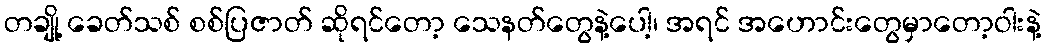
တချို့ ခေတ်သစ် စစ်ပြဇာတ် ဆိုရင်တော့ သေနတ်တွေနဲ့ပေါ့၊ အရင် အဟောင်းတွေမှာတော့ဝါးနဲ့